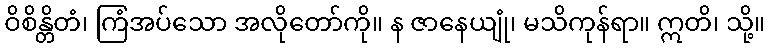
ဝိစိန္တိတံ၊ ကြံအပ်သော အလိုတော်ကို။ န ဇာနေယျုံ၊ မသိကုန်ရာ။ ဣတိ၊ သို့။